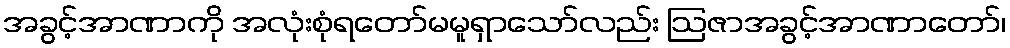
အခွင့်အာဏာကို အလုံးစုံရတော်မမူရှာသော်လည်း ဩဇာအခွင့်အာဏာတော်၊